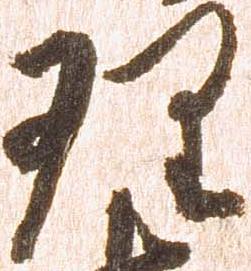
理